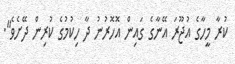
ކުރާ މީހާގެ އުޖޫރަ އޭނާގެ ގައިން އޮހޮރުނު ދާ ހިކުމުގެ ކުރިން ދޭށެވެ".